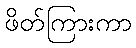
ဖိတ်ကြားကာ